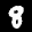
Label: 8